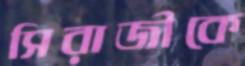
সিরাজীকে